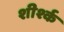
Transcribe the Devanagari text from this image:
शीर्श्क